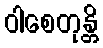
ဝါစေတုန္တိ